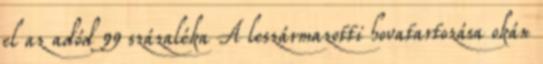
el az adód 99 százaléka A leszármazotti hovatartozása okán